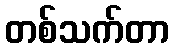
တစ်သက်တာ